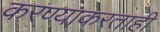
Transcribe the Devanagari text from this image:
करण्याकरताही